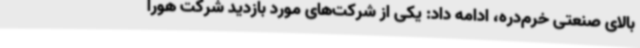
بالای صنعتی خرم‌دره، ادامه داد: یکی از شرکت‌های مورد بازدید شرکت هورا